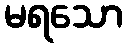
မရသော